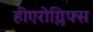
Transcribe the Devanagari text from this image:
हीएरोग्लिफ्स